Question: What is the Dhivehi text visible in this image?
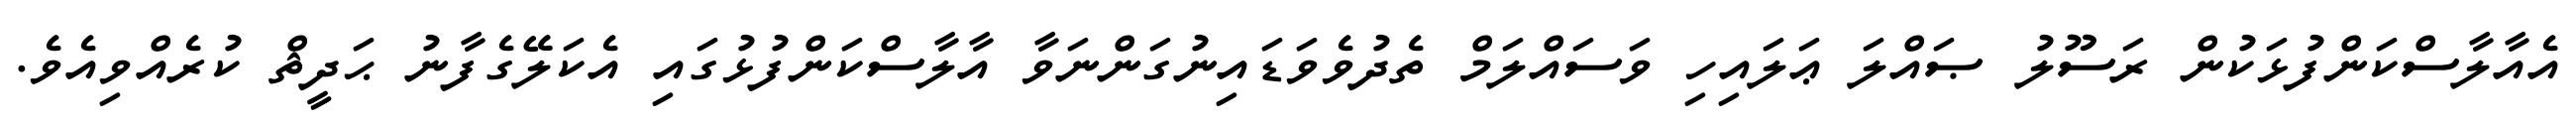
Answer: އެއާލާސްކަންފުޅަކުން ރަސޫލު ޞައްލަ ޢަލައިހި ވަސައްލަމް ތެދުވެވަޑައިނުގަންނަވާ އާލާސްކަންފުޅުގައި އެކަލޭގެފާނު ޙަދީޘް ކުރެއްވިއެވެ.